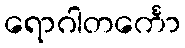
ရောဂါတင်္ကော